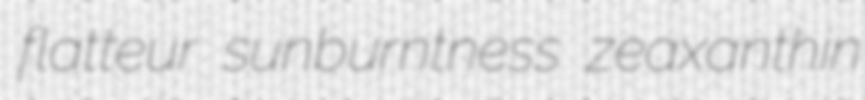
flatteur sunburntness zeaxanthin